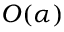
{ \cal O } ( \alpha )